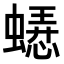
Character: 𬠥